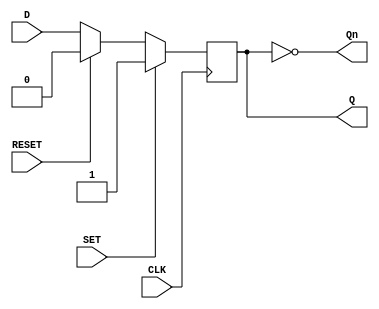
module d_flip_flop (
    input wire D,
    input wire CLK,
    input wire SET,
    input wire RESET,
    output reg Q,
    output reg Qn
);

always @(posedge CLK) begin
    if (SET) begin
        Q <= 1'b1;
    end else if (RESET) begin
        Q <= 1'b0;
    end else begin
        Q <= D;
    end
end

assign Qn = ~Q;

endmodule